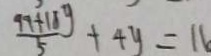
\frac { 9 9 + 1 8 g } { 5 } + 4 y = 1 6